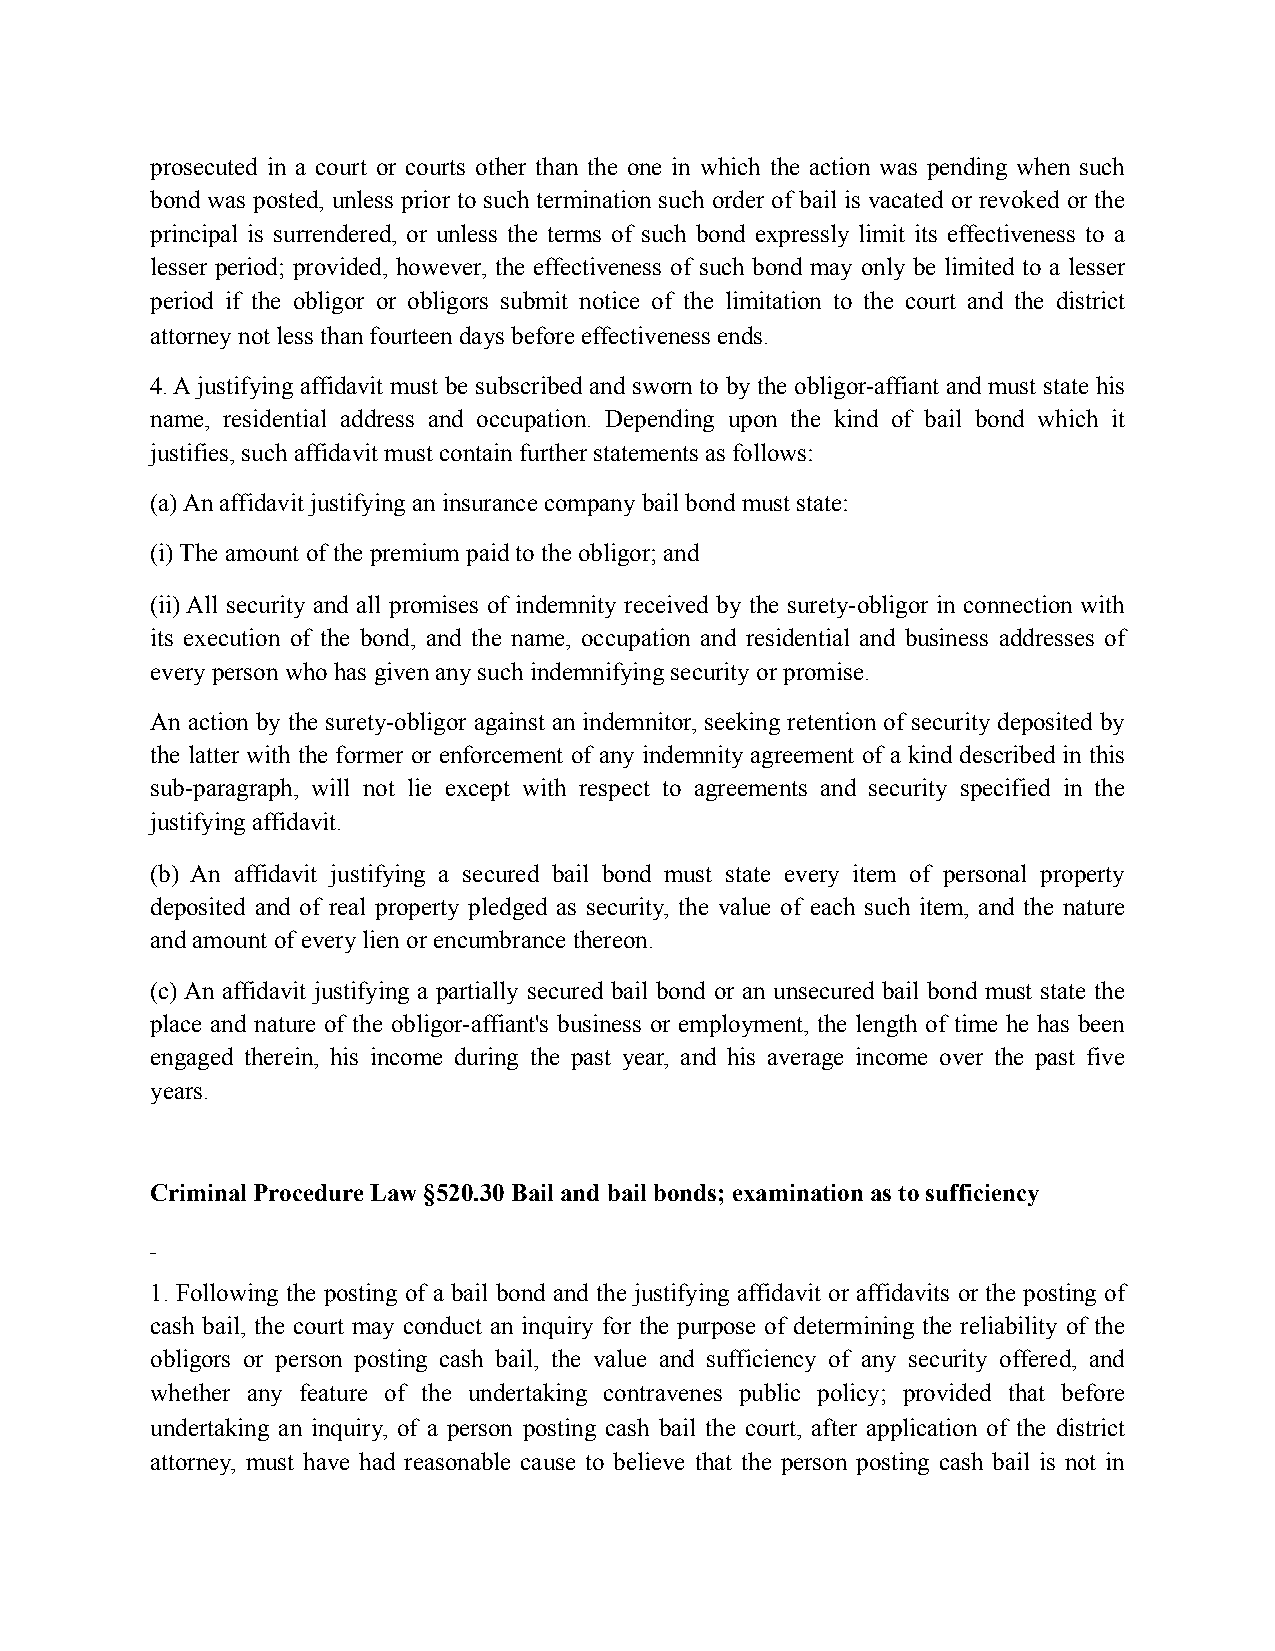
prosecuted in a court or courts other than the one in which the action was pending when such
 bond was posted, unless prior to such termination such order of bail is vacated or revoked or the
 principal is surrendered, or unless the terms of such bond expressly limit its effectiveness to a
 lesser period; provided, however, the effectiveness of such bond may only be limited to a lesser
 period if the obligor or obligors submit notice of the limitation to the court and the district
 attorney not less than fourteen days before effectiveness ends.
 4. A justifying affidavit must be subscribed and sworn to by the obligor-affiant and must state his
 name, residential address and occupation. Depending upon the kind of bail bond which it
 justifies, such affidavit must contain further statements as follows:
 (a) An affidavit justifying an insurance company bail bond must state:
 (i) The amount of the premium paid to the obligor; and
 (ii) All security and all promises of indemnity received by the surety-obligor in connection with
 its execution of the bond, and the name, occupation and residential and business addresses of
 every person who has given any such indemnifying security or promise.
 An action by the surety-obligor against an indemnitor, seeking retention of security deposited by
 the latter with the former or enforcement of any indemnity agreement of a kind described in this
 sub-paragraph, will not lie except with respect to agreements and security specified in the
 justifying affidavit.
 (b) An affidavit justifying a secured bail bond must state every item of personal property
 deposited and of real property pledged as security, the value of each such item, and the nature
 and amount of every lien or encumbrance thereon.
 (c) An affidavit justifying a partially secured bail bond or an unsecured bail bond must state the
 place and nature of the obligor-affiant's business or employment, the length of time he has been
 engaged therein, his income during the past year, and his average income over the past five
 years.
 Criminal Procedure Law §520.30 Bail and bail bonds; examination as to sufficiency
 1. Following the posting of a bail bond and the justifying affidavit or affidavits or the posting of
 cash bail, the court may conduct an inquiry for the purpose of determining the reliability of the
 obligors or person posting cash bail, the value and sufficiency of any security offered, and
 whether any feature of the undertaking contravenes public policy; provided that before
 undertaking an inquiry, of a person posting cash bail the court, after application of the district
 attorney, must have had reasonable cause to believe that the person posting cash bail is not in